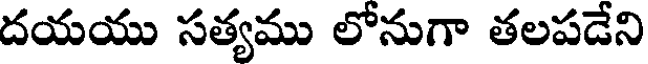
దయయు సత్యము లోనుగా తలపడేని